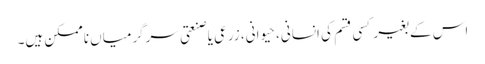
اس کے بغیر کسی قسم کی انسانی، حیوانی، زرعی یا صنعتی سرگرمیاں ناممکن ہیں۔